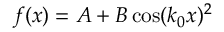
f ( x ) = A + B \cos ( k _ { 0 } x ) ^ { 2 }